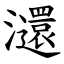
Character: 㶎